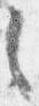
之